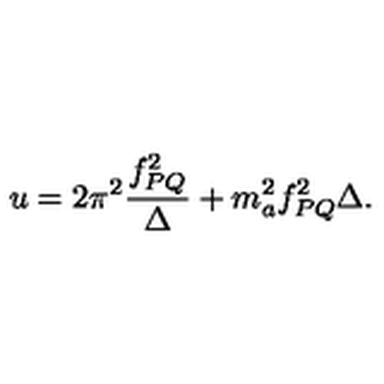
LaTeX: u = 2 \pi ^ { 2 } \frac { f _ { P Q } ^ { 2 } } { \Delta } + m _ { a } ^ { 2 } f _ { P Q } ^ { 2 } \Delta .